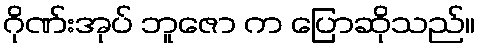
ဂိုဏ်းအုပ် ဘူဇော က ပြောဆိုသည်။